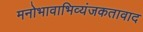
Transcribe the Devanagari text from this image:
मनोभावाभिव्यंजकतावाद